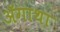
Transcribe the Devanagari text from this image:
ॲगाथा